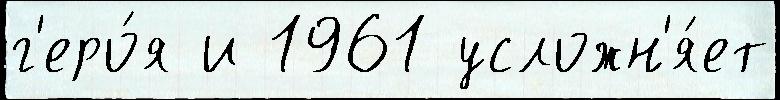
г'еро́я и 1961 усложн'я́ет